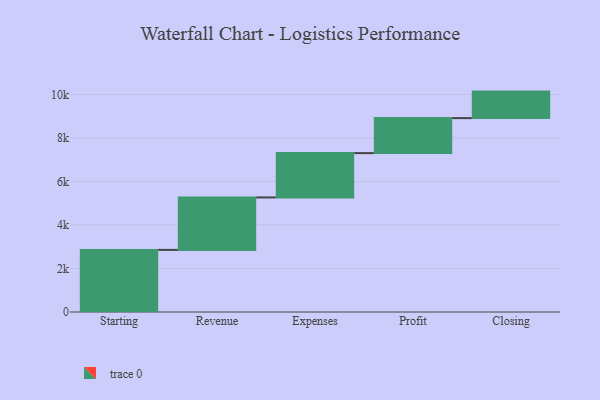
{"axis": {"x": "Step", "y": "Value"}, "legend": [""], "data": [{"x": "Starting", "y": 2855.0, "type": ""}, {"x": "Revenue", "y": 2411.0, "type": ""}, {"x": "Expenses", "y": 2037.0, "type": ""}, {"x": "Profit", "y": 1609.0, "type": ""}, {"x": "Closing", "y": 1219.0, "type": ""}]}